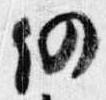
仍